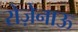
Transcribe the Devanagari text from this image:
रोज़ेनाऊ